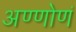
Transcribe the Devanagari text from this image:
अण्णोणं